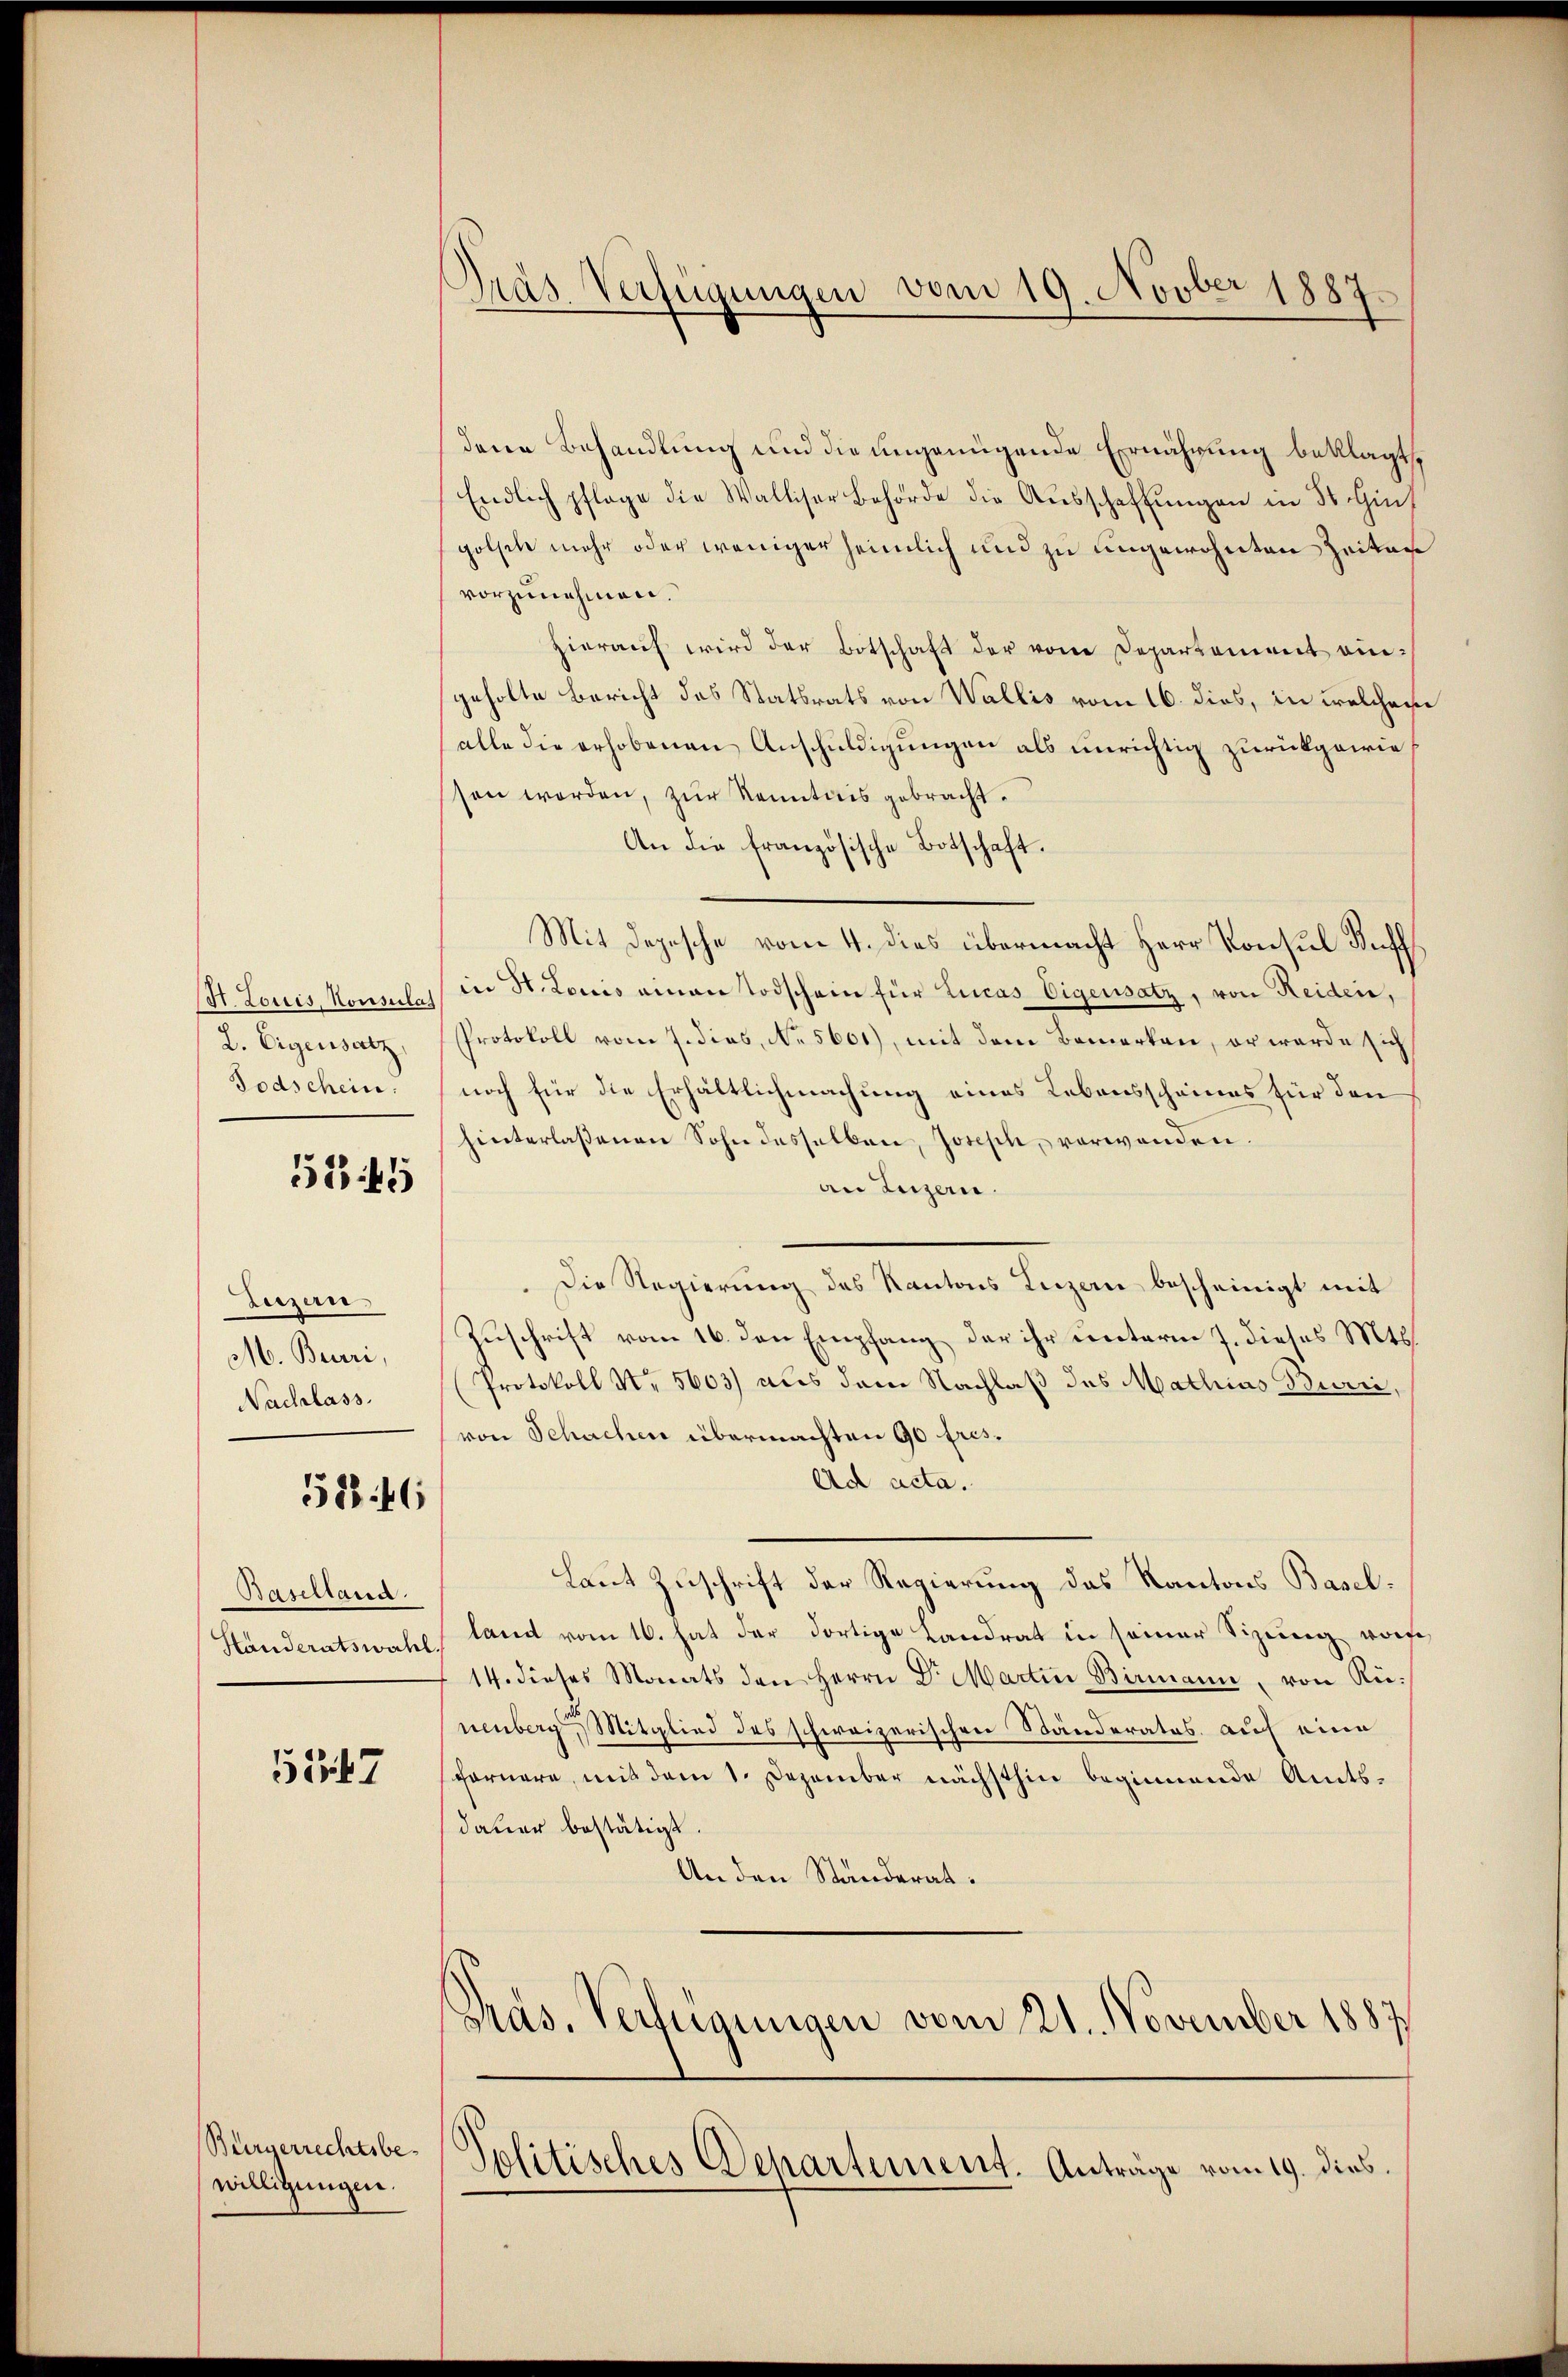
(St. Louis, Konsulas
2. Eigensatz,
Todschein:

5745

Luzern
M. Burri,
Nachlass.

588. 46

Baselland.
Handeratswahl

5547

Bürgerrechtsbewilligungen.

Präs. Verfügungen vom 19. Novber 1887.

dene Behandlung und die ungenügende Ernährung beklagt,
Endlich pflege die Walliser Behörde die Aŭsschaffŭngen in St. Gins
golsche mehr oder weniger heimlich und zu ungewohnten Zeiten
vorzunehmen.
hierauf wird der Botschaft der vom Departement eingeholte Bericht des Statsrats von Wallis vom 16. dies, in welcher
alle die erhobenen Anschuldigungen als unrichtig zurückgewie
sen worden, zur Kenntnis gebracht.
An die französische Botschaft.
Mit Depesche vom 4. dies übermacht Herr Konsul Buff
in St. Louis einen Todschein für Lucas Eigensatz, von Reiden,
Protokoll vom 7. dies, No 5601), mit dem Bemerken, er werde sich
noch für die Erhältlichmachung eines Lebensscheines für den
hinterlaßenen Sohn desselben, Joseph, verwanden.
an Luzern.
Die Regierung des Kantons Luzern bescheinigt mit
Zuschrift vom 16. den Empfang der ihr unterm 7. dieses Mts.
Protokoll Nr 5603) aus dem Nachlaß des Mathias Burri,
von Schachen übermachten 90 fres¬
Ad acta.
Laut Zuschrift der Regierung des Kantons Baselland vom 16. hat der dortige Landrat in seiner Sitzung worte
14. dieses Monats den Herrn Dr. Martin Birmann, von Rünenberg, Mitglied des schweizerischen Ständerates, auf eine
farnere, mit dem 1. Dezember nächsthin beginnende Amtsdauer bestätigt.
An den Ständerat.
Pras. Verfügungen vom 21. November 1887
Politisches Departement. Anträge vom 19. dies.